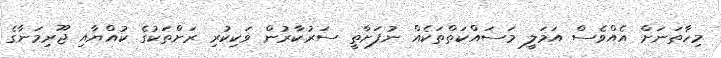
މިހާތަނަށް އެއްވެސް އަމަލީ މަސައްކަތްތަކެއް ނުފަށާތީ ސަރުކާރުން ވަކިކުރި ރަށްތަކުގެ ކުއްޔާއި ޖޫރިމަނާގެ